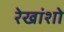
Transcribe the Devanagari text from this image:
रेखांशो